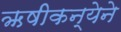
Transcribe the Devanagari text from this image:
ऋषीकन्येने